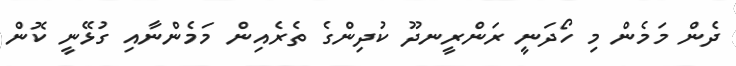
ދެން މަމެން މި ހޯދަނީ ރަންރީނދޫ ކުދިންގެ ތެރެެއިން މަމެންނާއި ގުޅޭނީ ކޮން